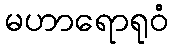
မဟာရောရုဝံ